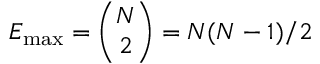
E _ { \operatorname* { m a x } } = { \binom { N } { 2 } } = N ( N - 1 ) / 2